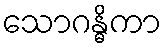
သောဂန္ဓိကာ